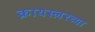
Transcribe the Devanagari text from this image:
क्रायस्लरच्या